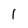
Character: 1